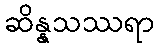
ဆိန္နသဿရာ